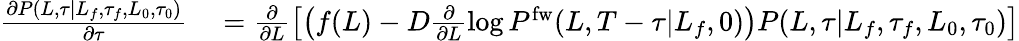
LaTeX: \begin{array}{rl}{\frac{\partial P(L,\tau|L_{f},\tau_{f},L_{0},\tau_{0})}{\partial\tau}}&{{}=\frac{\partial}{\partial L}\left[\left(f(L)-D\frac{\partial}{\partial L}\log P^{\mathrm{fw}}(L,T-\tau|L_{f},0)\right)P(L,\tau|L_{f},\tau_{f},L_{0},\tau_{0})\right]}\end{array}